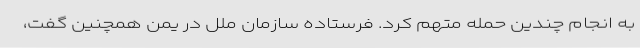
به انجام چندین حمله متهم کرد. فرستاده سازمان ملل در یمن همچنین گفت،